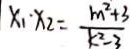
x _ { 1 } \cdot x _ { 2 } = \frac { m ^ { 2 } + 3 } { k ^ { 2 } - 3 }